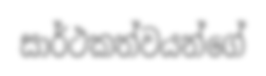
සාර්ථකත්වයන්ගේ